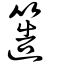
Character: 簉